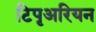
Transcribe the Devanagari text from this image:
टिपृअरियन